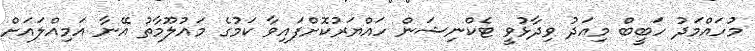
މުހައްމަދު ހަބީބް މިއަދު ވިދާޅުވީ ޓެކްނިޝަން ހައްޔަރުކޮށްފައިވާ ކަމުގެ މައުލޫމާތު އޭނާ އަމިއްލައަށް